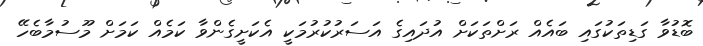
ބޮޑުވާ ގަޑިތަކުގައި ބައެއް ރަށްތަކަށް އުދައިގެ އަސަރުކުރުމަކީ އެކަށީގެންވާ ކަމެއް ކަމަށް މޫސުމާބެހޭ